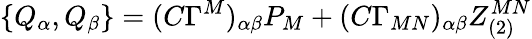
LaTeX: \{ Q_{\alpha},Q_{\beta}\} =(C\Gamma^{M})_{\alpha\beta}P_{M}+(C\Gamma_{MN})_{\alpha\beta}Z_{(2)}^{MN}